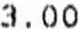
3.00